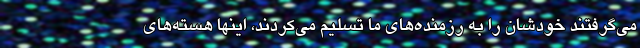
می‌گرفتند خودشان را به رزمنده‌های ما تسلیم می‌کردند، اینها هسته‌های